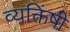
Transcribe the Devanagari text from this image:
व्यक्तिंषी